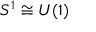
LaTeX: S ^ { 1 } \cong U ( 1 )